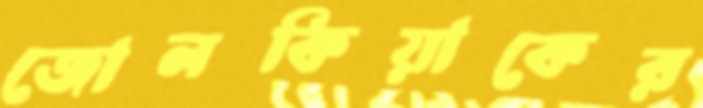
জোলকিয়াকের